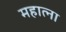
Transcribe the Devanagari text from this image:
महात्ना